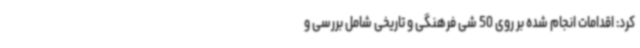
کرد: اقدامات انجام شده بر روی 50 شی فرهنگی و تاریخی شامل بررسی و